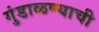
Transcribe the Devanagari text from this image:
गुंडाळण्याची